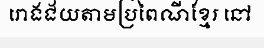
រោងជ័យតាមប្រពៃណីខ្មែរ នៅ